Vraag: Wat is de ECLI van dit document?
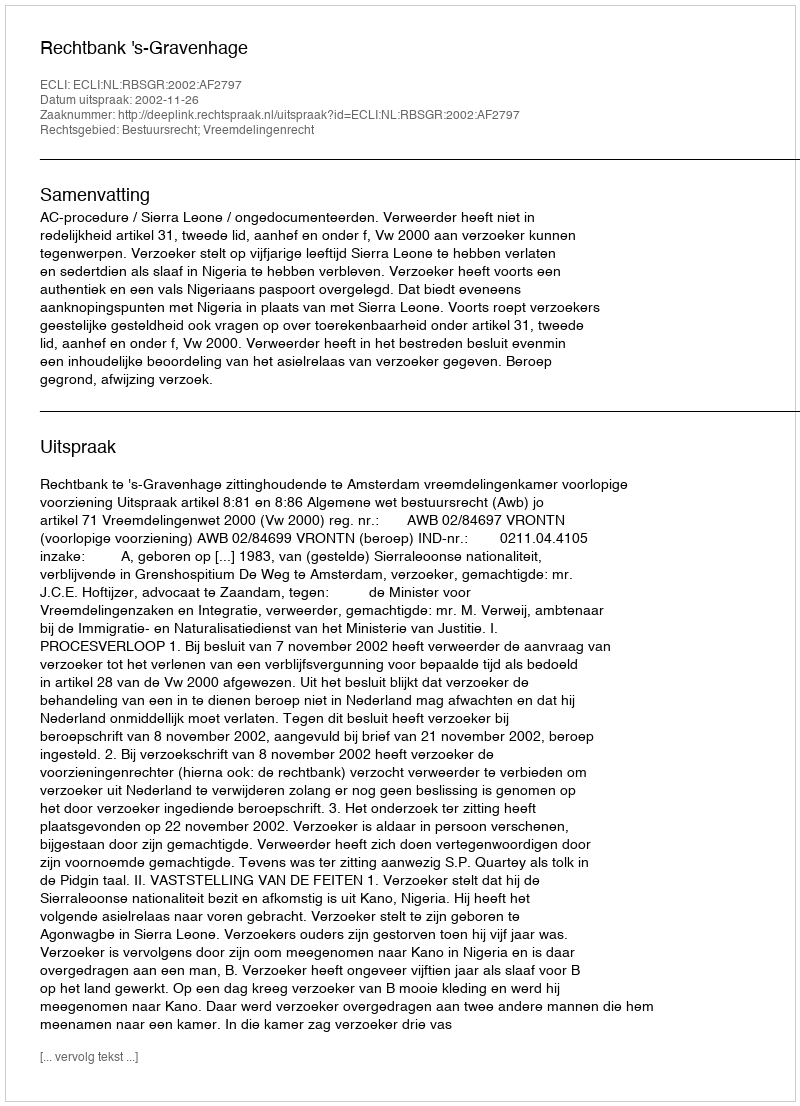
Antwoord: ECLI:NL:RBSGR:2002:AF2797